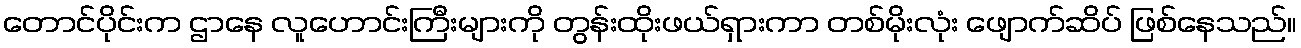
တောင်ပိုင်းက ဌာနေ လူဟောင်းကြီးများကို တွန်းထိုးဖယ်ရှားကာ တစ်မိုးလုံး ဖျောက်ဆိပ် ဖြစ်နေသည်။